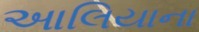
આલિયાના